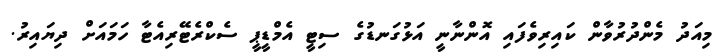
މިއަދު މެންދުރުވާން ކައިރިވެފައި އޮންނާނީ އަޅުގަނޑުގެ ސިޓީ އެމްޑީޕީ ސެކްރެޓޭރިއެޓާ ހަމައަށް ދިޔައިރު.